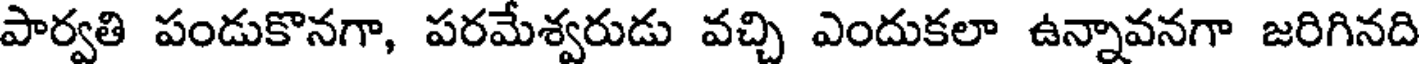
పార్వతి పండుకొనగా, పరమేశ్వరుడు వచ్చి ఎందుకలా ఉన్నావనగా జరిగినది